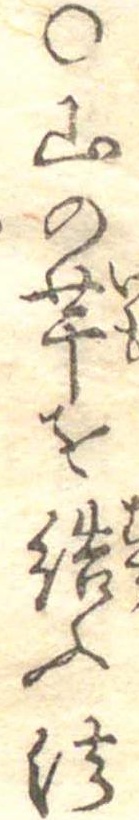
○山の芋を結ふ法